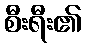
စီးရီး၏